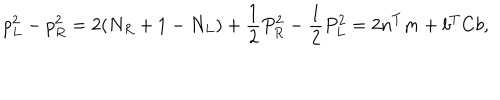
LaTeX: p _ { L } ^ { 2 } - p _ { R } ^ { 2 } = 2 ( N _ { R } + 1 - N _ { L } ) + \frac { 1 } { 2 } P _ { R } ^ { 2 } - \frac { 1 } { 2 } P _ { L } ^ { 2 } = 2 n ^ { T } m + b ^ { T } C b ,